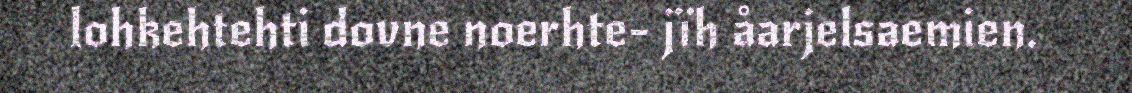
lohkehtehti dovne noerhte- jïh åarjelsaemien.